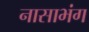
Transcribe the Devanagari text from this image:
नासाभंग